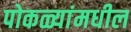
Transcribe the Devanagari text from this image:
पोकळ्यांमधील